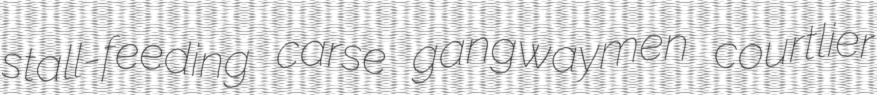
stall-feeding carse gangwaymen courtlier